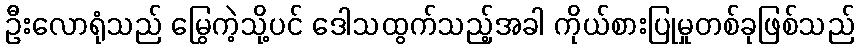
ဦးလောရုံသည် မြွေကဲ့သို့ပင် ဒေါသထွက်သည့်အခါ ကိုယ်စားပြုမှုတစ်ခုဖြစ်သည်